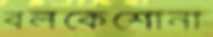
বলকেশোনা